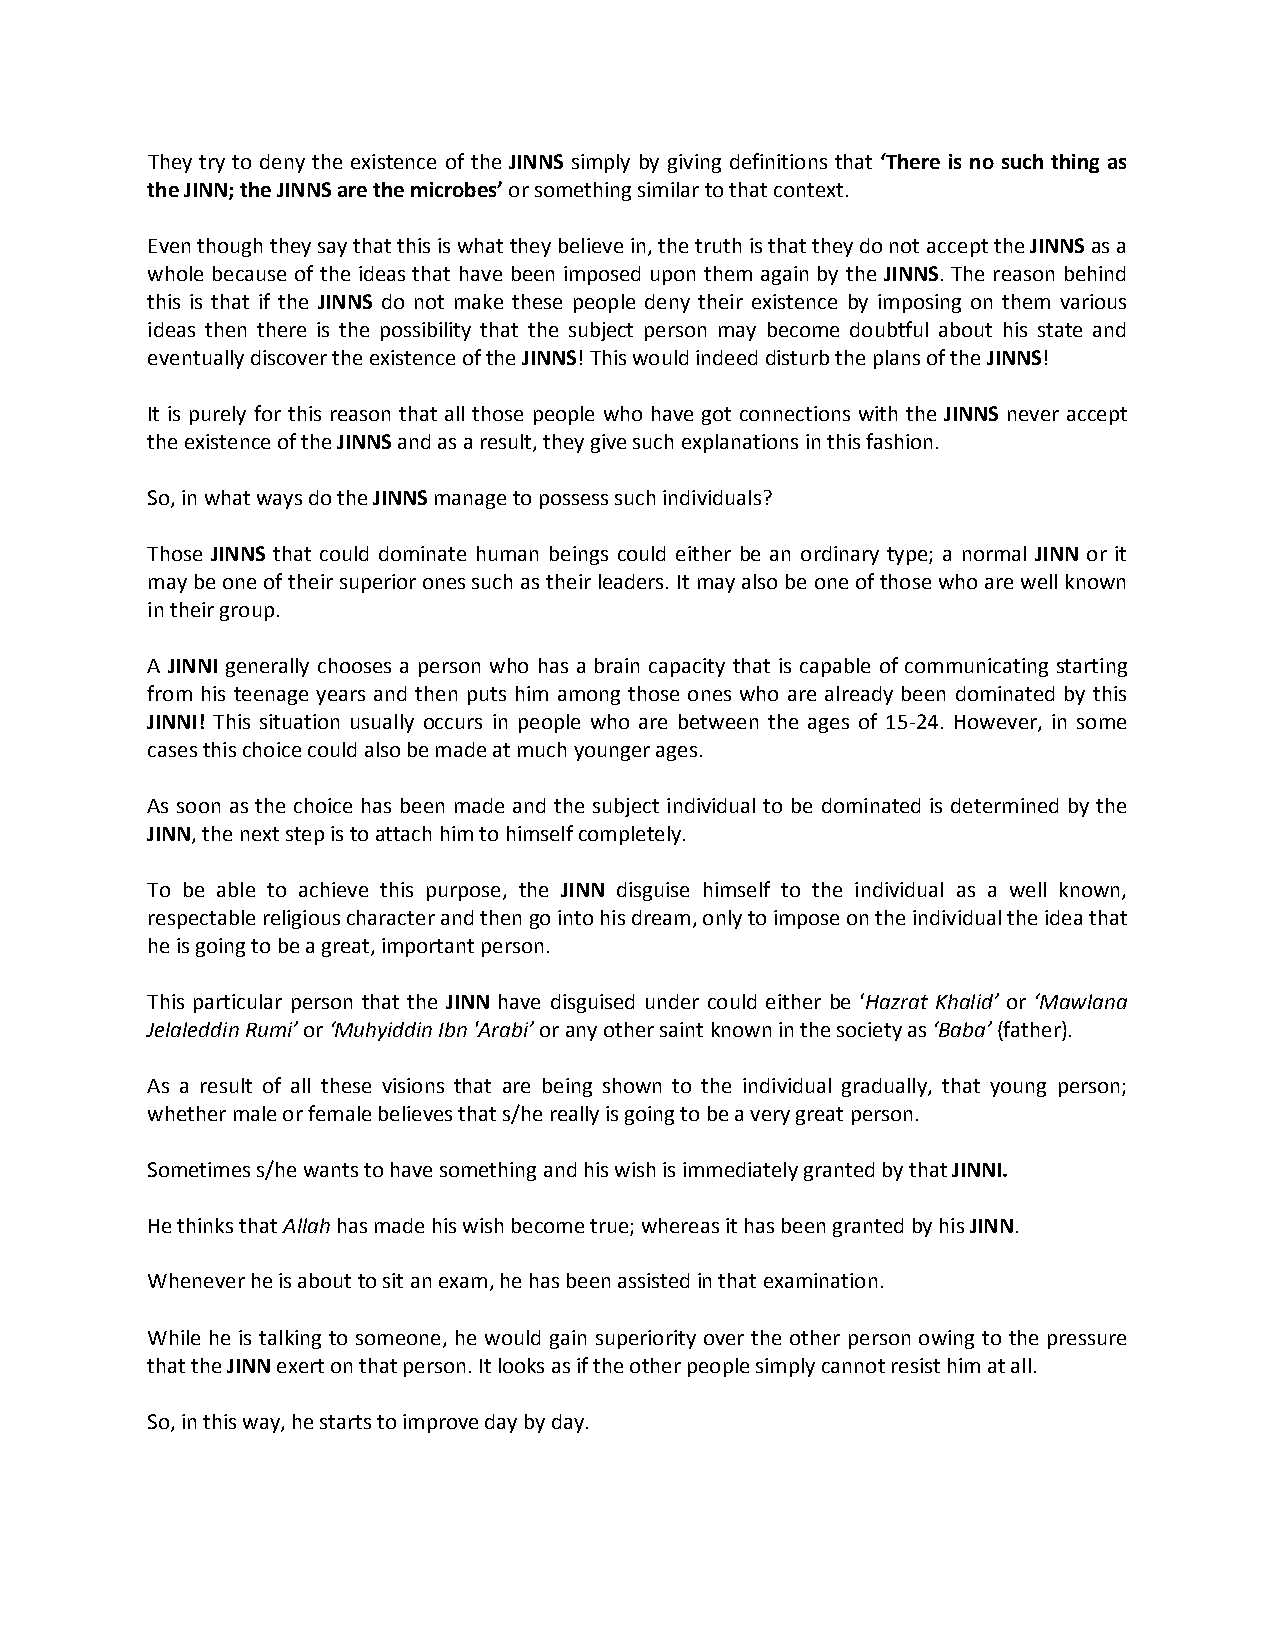
They try to deny the existence of the JINNS simply by giving definitions that ‘There is no such thing as
 the JINN; the JINNS are the microbes’ or something similar to that context.
 Even though they say that this is what they believe in, the truth is that they do not accept the JINNS as a
 whole because of the ideas that have been imposed upon them again by the JINNS. The reason behind
 this is that if the JINNS do not make these people deny their existence by imposing on them various
 ideas then there is the possibility that the subject person may become doubtful about his state and
 eventually discover the existence of the JINNS! This would indeed disturb the plans of the JINNS!
 It is purely for this reason that all those people who have got connections with the JINNS never accept
 the existence of the JINNS and as a result, they give such explanations in this fashion.
 So, in what ways do the JINNS manage to possess such individuals?
 Those JINNS that could dominate human beings could either be an ordinary type; a normal JINN or it
 may be one of their superior ones such as their leaders. It may also be one of those who are well known
 in their group.
 A JINNI generally chooses a person who has a brain capacity that is capable of communicating starting
 from his teenage years and then puts him among those ones who are already been dominated by this
 JINNI! This situation usually occurs in people who are between the ages of 15-24. However, in some
 cases this choice could also be made at much younger ages.
 As soon as the choice has been made and the subject individual to be dominated is determined by the
 JINN, the next step is to attach him to himself completely.
 To be able to achieve this purpose, the JINN disguise himself to the individual as a well known,
 respectable religious character and then go into his dream, only to impose on the individual the idea that
 he is going to be a great, important person.
 This particular person that the JINN have disguised under could either be ‘Hazrat Khalid’ or ‘Mawlana
 Jelaleddin Rumi’ or ‘Muhyiddin Ibn 'Arabi’ or any other saint known in the society as ‘Baba’ (father).
 As a result of all these visions that are being shown to the individual gradually, that young person;
 whether male or female believes that s/he really is going to be a very great person.
 Sometimes s/he wants to have something and his wish is immediately granted by that JINNI.
 He thinks that Allah has made his wish become true; whereas it has been granted by his JINN.
 Whenever he is about to sit an exam, he has been assisted in that examination.
 While he is talking to someone, he would gain superiority over the other person owing to the pressure
 that the JINN exert on that person. It looks as if the other people simply cannot resist him at all.
 So, in this way, he starts to improve day by day.